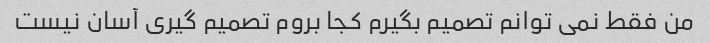
من فقط نمی توانم تصمیم بگیرم کجا بروم تصمیم گیری آسان نیست